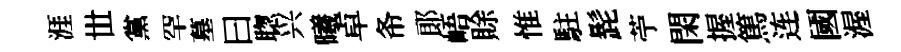
涯𠀍黨罕墓曰聦兴曦卓𢁙郞峿賖惟駐髭苧閑握篤连國渥